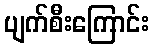
ပျက်စီးကြောင်း